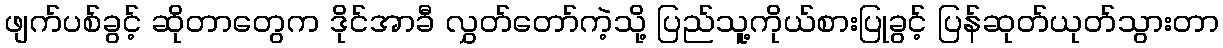
ဖျက်ပစ်ခွင့် ဆိုတာတွေက ဒိုင်အာခီ လွှတ်တော်ကဲ့သို့ ပြည်သူ့ကိုယ်စားပြုခွင့် ပြန်ဆုတ်ယုတ်သွားတာ